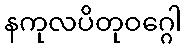
နကုလပိတုဝဂ္ဂေါ